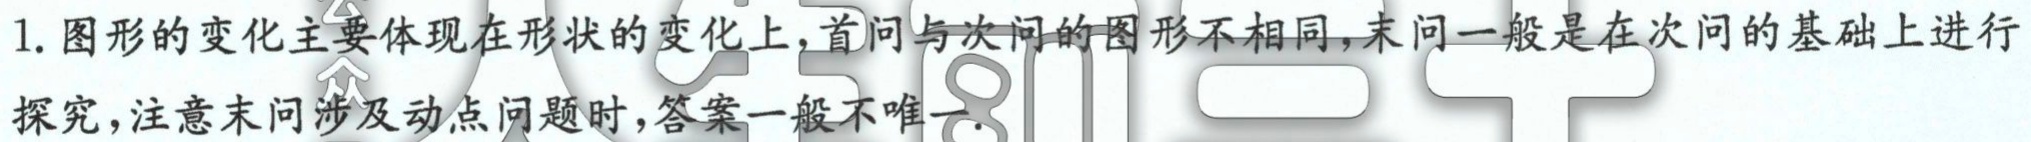
1. 图形的变化主要体现在形状的变化上,首问与次问的图形不相同,末问一般是在次问的基础上进行
探究,注意末问涉及动点问题时,答案一般不唯一.